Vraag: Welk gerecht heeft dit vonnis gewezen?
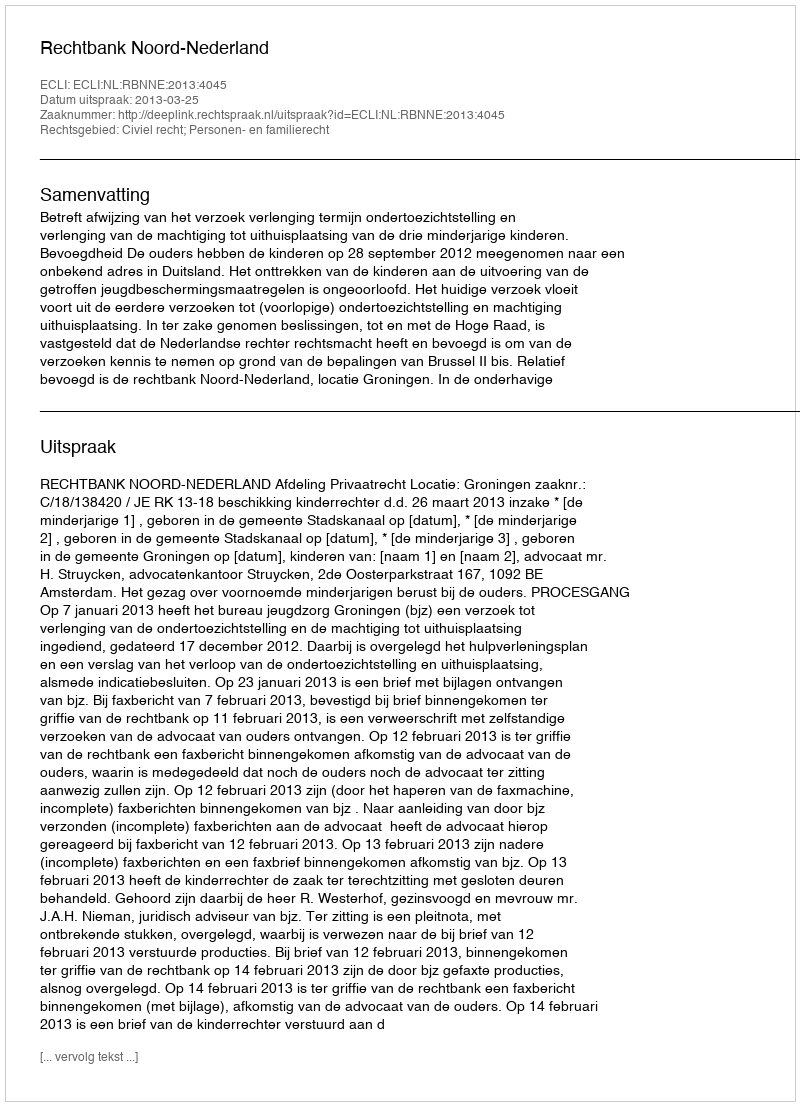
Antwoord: Rechtbank Noord-Nederland